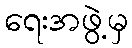
ရေးအဖွဲ့မှ